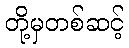
တို့မှတစ်ဆင့်